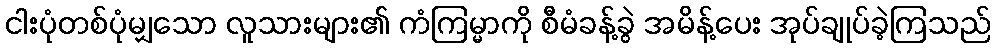
ငါးပုံတစ်ပုံမျှသော လူသားများ၏ ကံကြမ္မာကို စီမံခန့်ခွဲ အမိန့်ပေး အုပ်ချုပ်ခဲ့ကြသည်